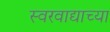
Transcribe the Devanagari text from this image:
स्वरवाद्याच्या